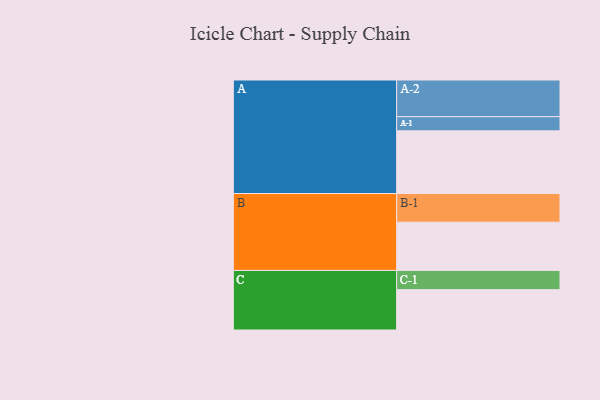
{"axis": {"x": "Segment", "y": "Value"}, "legend": ["", "A", "B", "C"], "data": [{"x": "A", "y": 483, "type": ""}, {"x": "B", "y": 372, "type": ""}, {"x": "C", "y": 311, "type": ""}, {"x": "A-1", "y": 109, "type": "A"}, {"x": "A-2", "y": 283, "type": "A"}, {"x": "B-1", "y": 221, "type": "B"}, {"x": "C-1", "y": 148, "type": "C"}]}